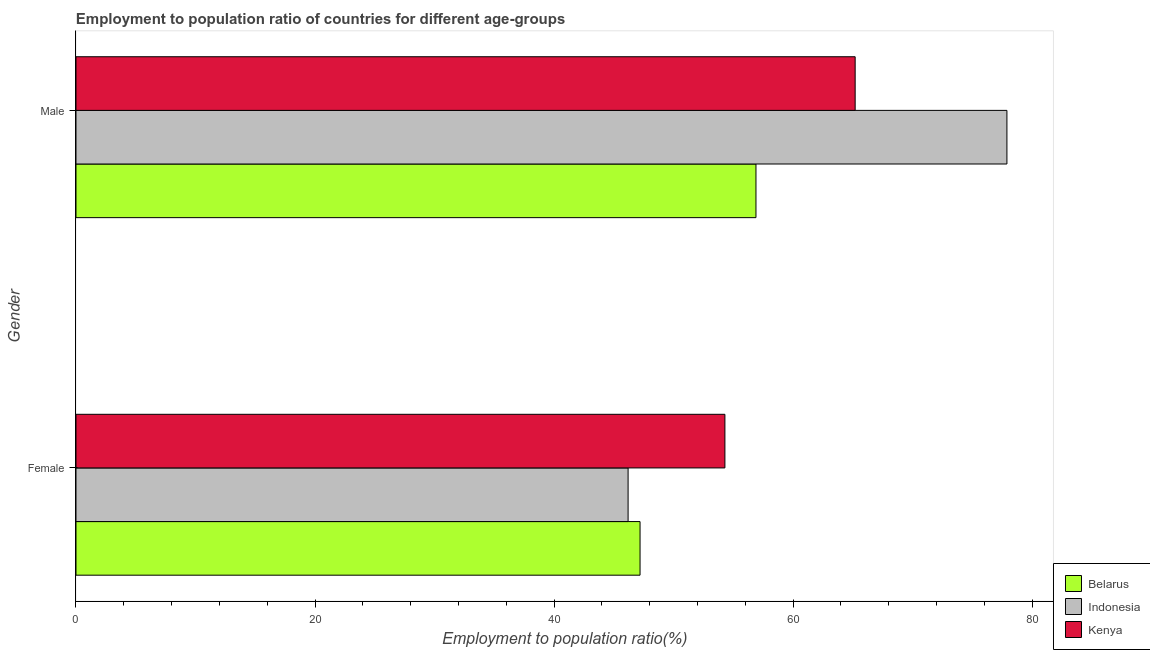
| Gender | Belarus | Indonesia | Kenya |
 | --- | --- | --- | --- |
 | Female | 47.2 | 46.2 | 54.3 |
 | Male | 56.9 | 77.9 | 65.2 |